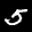
Label: 5